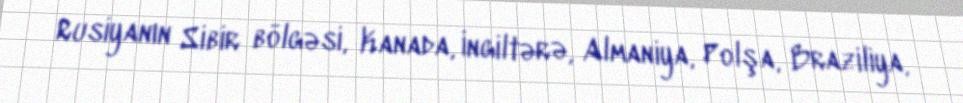
Rusiyanın Sibir bölgəsi, Kanada, İngiltərə, Almaniya, Polşa, Braziliya,